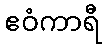
ဧဝံကာရီ